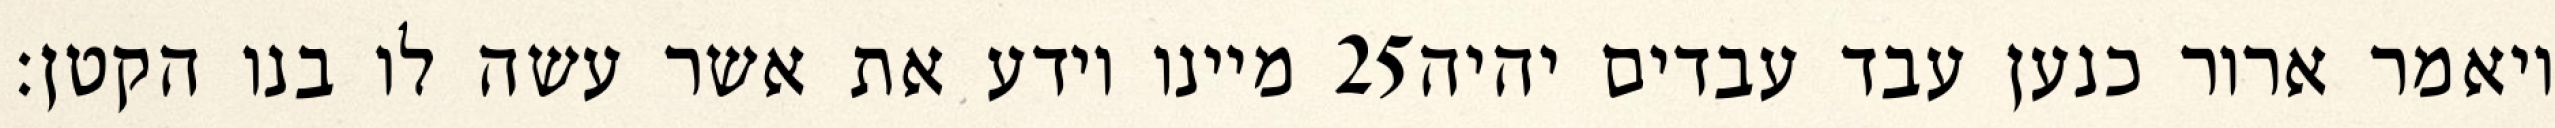
מיינו וידע את אשר עשה לו בנו הקטן׃ ‎25‏ ויאמר ארור כנען עבד עבדים יהיה